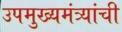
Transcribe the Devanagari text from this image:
उपमुख्यमंत्र्यांची